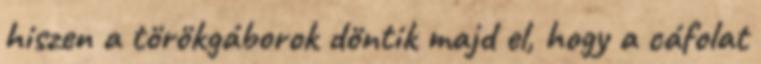
hiszen a törökgáborok döntik majd el, hogy a cáfolat